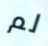
لم